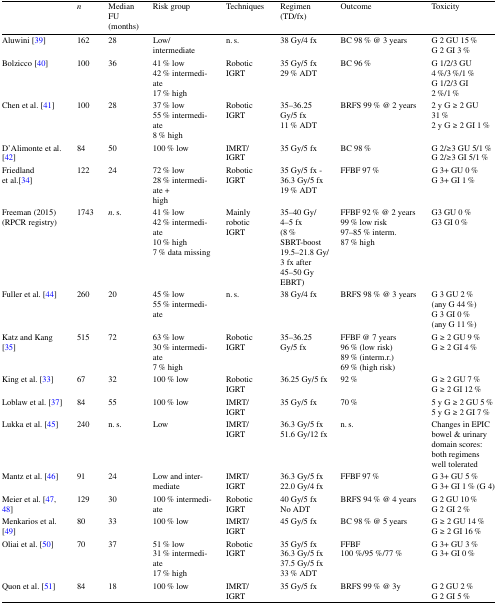
<table><thead><tr><td></td><td><b><i>n</i></b></td><td><b>Median FU (months)</b></td><td><b>Risk group</b></td><td><b>Techniques</b></td><td><b>Regimen (TD/fx)</b></td><td><b>Outcome</b></td><td><b>Toxicity</b></td></tr></thead><tbody><tr><td>Aluwini [39]</td><td>162</td><td>28</td><td>Low/intermediate</td><td>n. s.</td><td>38 Gy/4 fx</td><td>BC 98 % @ 3 years</td><td>G 2 GU 15 %G 2 GI 3 %</td></tr><tr><td>Bolzicco [40]</td><td>100</td><td>36</td><td>41 % low42 % intermediate17 % high</td><td>Robotic IGRT</td><td>35 Gy/5 fx29 % ADT</td><td>BC 96 %</td><td>G 1/2/3 GU 4 %/3 %/1 %G 1/2/3 GI 2 %/1 %</td></tr><tr><td>Chen et al. [41]</td><td>100</td><td>28</td><td>37 % low55 % intermediate8 % high</td><td>Robotic IGRT</td><td>35–36.25Gy/5 fx11 % ADT</td><td>BRFS 99 % @ 2 years</td><td>2 y G ≥ 2 GU 31 %2 y G ≥ 2 GI 1 %</td></tr><tr><td>D’Alimonte et al. [42]</td><td>84</td><td>50</td><td>100 % low</td><td>IMRT/IGRT</td><td>35 Gy/5 fx</td><td>BC 98 %</td><td>G 2/≥3 GU 5/1 %G 2/≥3 GI 5/1 %</td></tr><tr><td>Friedland et al.[34]</td><td>122</td><td>24</td><td>72 % low28 % intermediate +high</td><td>Robotic IGRT</td><td>35 Gy/5 fx -36.3 Gy/5 fx19 % ADT</td><td>FFBF 97 %</td><td>G 3+ GU 0 %G 3+ GI 1 %</td></tr><tr><td>Freeman (2015)(RPCR registry)</td><td>1743</td><td><i>n</i>. s.</td><td>41 % low42 % intermediate10 % high7 % data missing</td><td>Mainly robotic IGRT</td><td>35–40 Gy/ 4–5 fx(8 % SBRT-boost 19.5–21.8 Gy/3 fx after 45–50 Gy EBRT)</td><td>FFBF 92 % @ 2 years99 % low risk97–85 % interm.87 % high</td><td>G3 GU 0 %G3 GI 0 %</td></tr><tr><td>Fuller et al. [44]</td><td>260</td><td>20</td><td>45 % low55 % intermediate</td><td>n. s.</td><td>38 Gy/4 fx</td><td>BRFS 98 % @ 3 years</td><td>G 3 GU 2 %(any G 44 %)G 3 GI 0 %(any G 11 %)</td></tr><tr><td>Katz and Kang [35]</td><td>515</td><td>72</td><td>63 % low30 % intermediate7 % high</td><td>Robotic IGRT</td><td>35–36.25Gy/5 fx</td><td>FFBF @ 7 years96 % (low risk)89 % (interm.r.)69 % (high risk)</td><td>G ≥ 2 GU 9 %G ≥ 2 GI 4 %</td></tr><tr><td>King et al. [33]</td><td>67</td><td>32</td><td>100 % low</td><td>Robotic IGRT</td><td>36.25 Gy/5 fx</td><td>92 %</td><td>G ≥ 2 GU 7 %G ≥ 2 GI 12 %</td></tr><tr><td>Loblaw et al. [37]</td><td>84</td><td>55</td><td>100 % low</td><td>IMRT/IGRT</td><td>35 Gy/5 fx</td><td>70 %</td><td>5 y G ≥ 2 GU 5 %5 y G ≥ 2 GI 7 %</td></tr><tr><td>Lukka et al. [45]</td><td>240</td><td>n. s.</td><td>Low</td><td>IMRT/IGRT</td><td>36.3 Gy/5 fx51.6 Gy/12 fx</td><td>n. s.</td><td>Changes in EPIC bowel &amp; urinary domain scores: both regimens well tolerated</td></tr><tr><td>Mantz et al. [46]</td><td>91</td><td>24</td><td>Low and intermediate</td><td>IMRT/IGRT</td><td>36.3 Gy/5 fx22.0 Gy/4 fx</td><td>FFBF 97 %</td><td>G 3+ GU 5 %G 3+ GI 1 % (G 4)</td></tr><tr><td>Meier et al. [47, 48]</td><td>129</td><td>30</td><td>100 % intermediate</td><td>Robotic IGRT</td><td>40 Gy/5 fxNo ADT</td><td>BRFS 94 % @ 4 years</td><td>G 2 GU 10 %G 2 GI 2 %</td></tr><tr><td>Menkarios et al. [49]</td><td>80</td><td>33</td><td>100 % low</td><td>IMRT/IGRT</td><td>45 Gy/5 fx</td><td>BC 98 % @ 5 years</td><td>G ≥ 2 GU 14 %G ≥ 2 GI 16 %</td></tr><tr><td>Oliai et al. [50]</td><td>70</td><td>37</td><td>51 % low31 % intermediate17 % high</td><td>Robotic IGRT</td><td>35 Gy/5 fx36.3 Gy/5 fx37.5 Gy/5 fx33 % ADT</td><td>FFBF 100 %/95 %/77 %</td><td>G 3+ GU 3 %G 3+ GI 0 %</td></tr><tr><td>Quon et al. [51]</td><td>84</td><td>18</td><td>100 % low</td><td>IMRT/IGRT</td><td>35 Gy/5 fx</td><td>BRFS 99 % @ 3y</td><td>G 2 GU 2 %G 2 GI 5 %</td></tr></tbody></table>